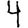
Digit: 4